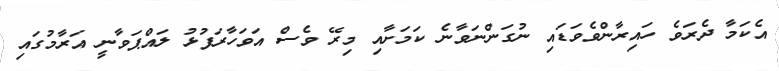
އެކަމާ ދެރަވެ ހައިރާންވެވަޑައި ނުގަންނަވާނެ ކަމަށާއި މިރޭ ވެސް އަވަހާރަފުޅު ލައްޕަވާނީ އަރާމުގައި